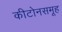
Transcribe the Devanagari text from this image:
कीटोनसमूह